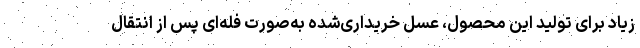
زیاد برای تولید این محصول، عسل خریداری‌شده به‌صورت فله‌ای پس از انتقال